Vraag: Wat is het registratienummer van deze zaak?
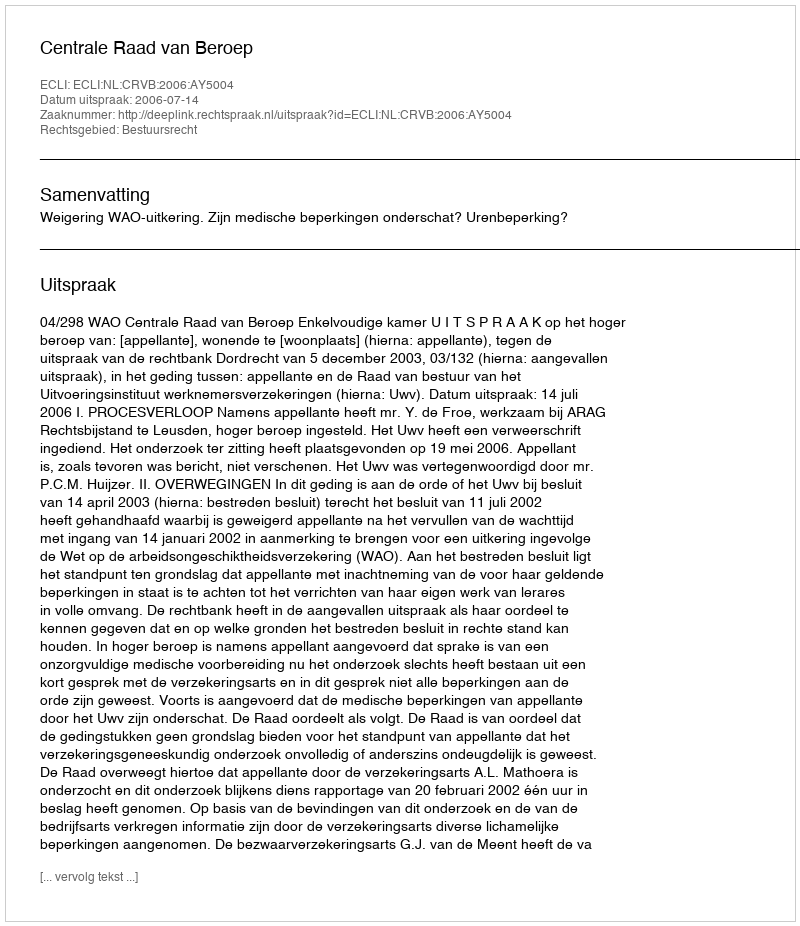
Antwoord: http://deeplink.rechtspraak.nl/uitspraak?id=ECLI:NL:CRVB:2006:AY5004